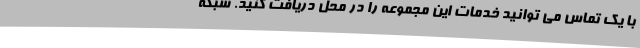
با یک تماس می توانید خدمات این مجموعه را در محل دریافت کنید. شبکه